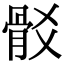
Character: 𩨟